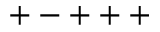
+ - + + +